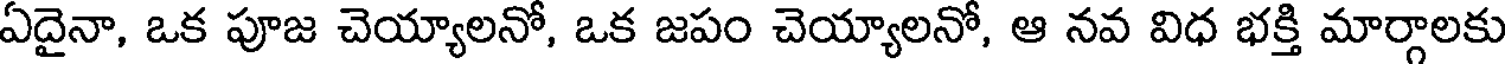
ఏదైనా, ఒక పూజ చెయ్యాలనో, ఒక జపం చెయ్యాలనో, ఆ నవ విధ భక్తి మార్గాలకు